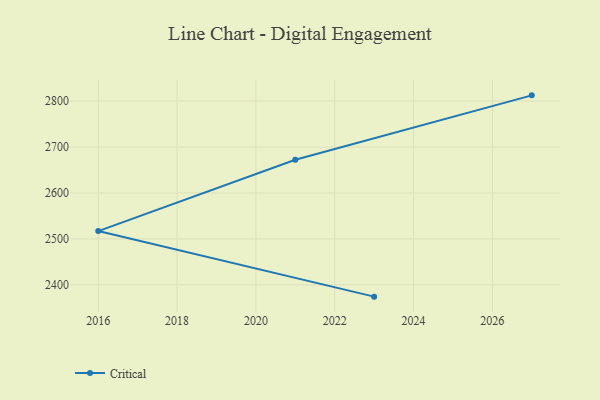
{"axis": {"x": "Year", "y": "Satisfaction Score"}, "legend": ["Critical"], "data": [{"x": "2023", "y": 2374.4, "type": "Critical"}, {"x": "2016", "y": 2517.1, "type": "Critical"}, {"x": "2021", "y": 2672.4, "type": "Critical"}, {"x": "2027", "y": 2812.4, "type": "Critical"}]}